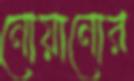
নোয়ানোর